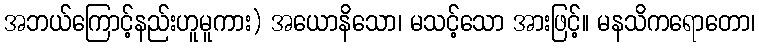
အဘယ်ကြောင့်နည်းဟူမူကား) အယောနိသော၊ မသင့်သော အားဖြင့်။ မနသိကရောတော၊